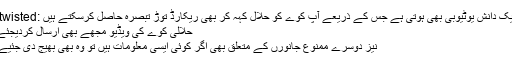
ایک دانش یوٹیوبی بھی ہوتی ہے جس کے ذریعے آپ کوے کو حلال کہہ کر بھی ریکارڈ توڑ تبصرہ حاصل کرسکتے ہیں :twisted:
حلالی کوے کی ویڈیو مجھے بھی ارسال کردیجئے
نیز دوسرے ممنوع جانورں کے متعلق بھی اگر کوئی ایسی معلومات ہیں تو وہ بھی بھیج دی جئیے۔